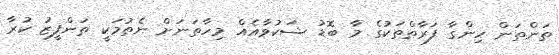
ތަންތަން ހިންގާ ފަރާތްތަކުގެ މާ ބޮޑު ޝަކުވާއެއް މިހާތަނަށް ނެތުމަކީ ތަންފީޒު ކުރާ